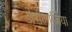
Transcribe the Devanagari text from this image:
डोर्सलाजिया